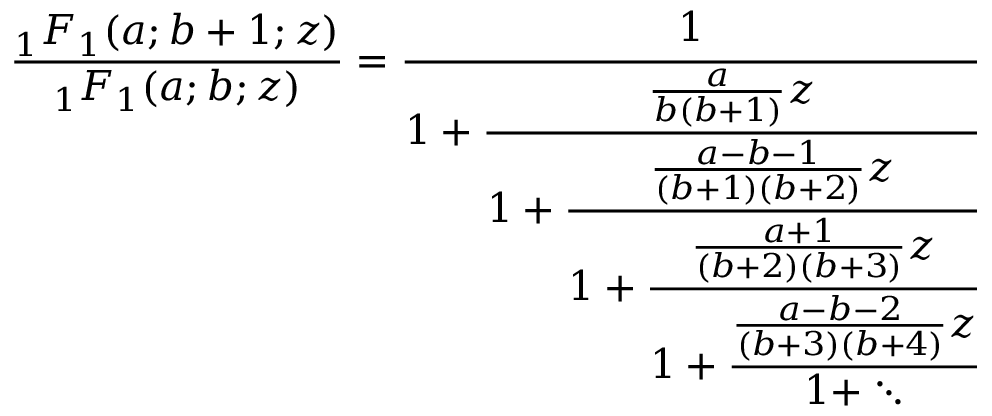
{ \frac { _ { 1 } F _ { 1 } ( a ; b + 1 ; z ) } { _ { 1 } F _ { 1 } ( a ; b ; z ) } } = { \cfrac { 1 } { 1 + { \cfrac { { \frac { a } { b ( b + 1 ) } } z } { 1 + { \cfrac { { \frac { a - b - 1 } { ( b + 1 ) ( b + 2 ) } } z } { 1 + { \cfrac { { \frac { a + 1 } { ( b + 2 ) ( b + 3 ) } } z } { 1 + { \cfrac { { \frac { a - b - 2 } { ( b + 3 ) ( b + 4 ) } } z } { 1 + \ddots } } } } } } } } } }